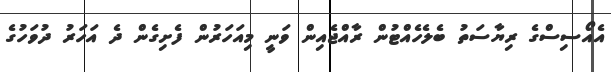
އެއޯސިސްގެ ރިޔާސަތު ބެލެހެއްޓުން ރާއްޖެއިން ވަނީ މިއަހަރުން ފެށިގެން ދެ އަހަރު ދުވަހުގެ